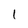
Character: 1